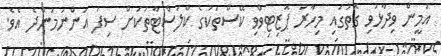
އަމީން ވިދާޅުވި ގޮތުގައި މިހާރު ޕޮޒިޓިވްވި ކޭސްތަކުގެ ކްލަސްޓާތަކަށް ސިފަ އަންނަމުންދެ އެވެ.